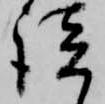
談